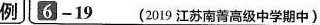
例 6 - 19 (2019 江苏南菁高级中学期中)